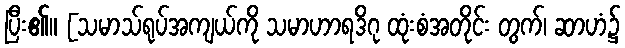
ပြီး၏။ [သမာသ်ရုပ်အကျယ်ကို သမာဟာရဒိဂု ထုံးစံအတိုင်း တွက်၊ ဆာဟံ၌